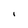
Character: I